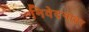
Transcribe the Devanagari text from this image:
निवेदनावर